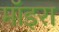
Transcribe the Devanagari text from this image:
मॉइरा